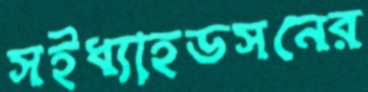
সইধ্যাহডসনের